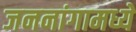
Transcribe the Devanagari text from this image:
जननांगामध्ये